Annual report of the Punjab Veterinary College and of the Civil Veterinary Department, Punjab - 1926-1932
Year: 1926
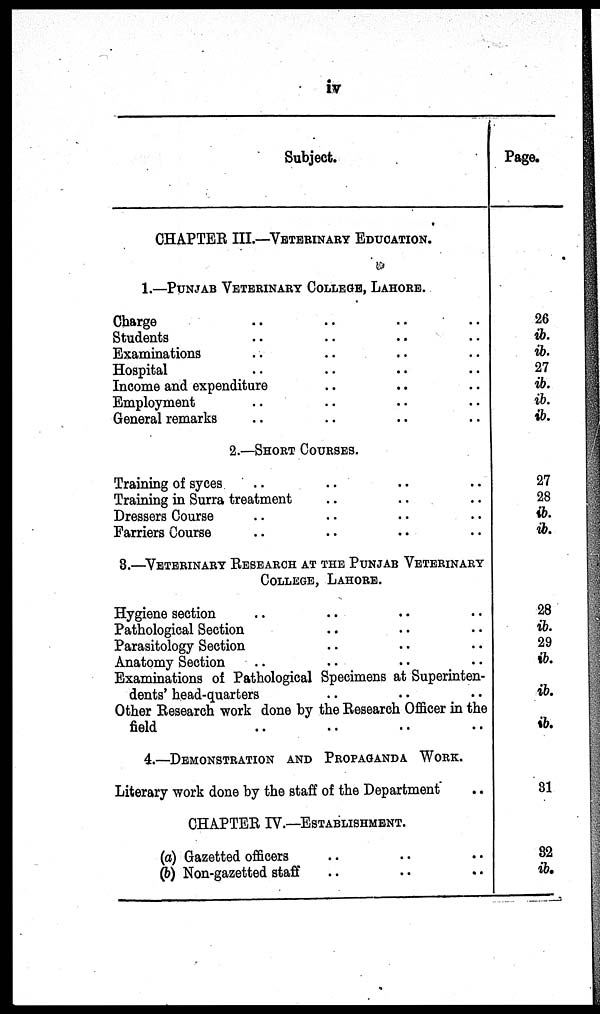
iv
Subject.
CHAPTER III.—VETERINARY EDUCATION.
1.—PUNJAB VETERINARY COLLEGE, LAHORE.
Charge .. .. .. ..
Students .. .. .. ..
Examinations .. .. .. ..
Hospital .. .. .. ..
Income and expenditure .. .. ..
Employment .. .. .. ..
General remarks .. .. .. ..
2.—SHORT COURSES.
Training of syces .. .. .. ..
Training in Surra treatment .. .. .. ..
Dressers Course .. .. .. ..
Farriers Course .. .. .. ..
3.—VETERINARY RESEARCH AT THE PUNJAB VETERINARY
COLLEGE, LAHORE.
Hygiene section .. .. .. ..
Pathological Section .. .. ..
Parasitology Section .. .. ..
Anatomy Section .. .. .. ..
Examinations of Pathological Specimens at Superinten-
dents' head-quarters .. .. ..
Other Research work done by the Research Officer in the
field .. .. .. ..
4.—DEMONSTRATION AND PROPAGANDA WORK.
Literary work done by the staff of the Department ..
CHAPTER IV.—ESTABLISHMENT.
(a) Gazetted officers .. .. ..
(b) Non-gazetted staff .. .. ..
Page.
26
ib.
ib.
27
ib.
ib.
ib.
27
28
ib.
ib.
28
ib.
29
ib.
ib.
ib.
31
32
ib.